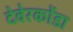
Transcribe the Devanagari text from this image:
देवेरकोंडा